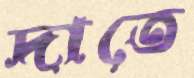
দাতে